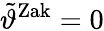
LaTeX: \tilde{\vartheta}^{\mathrm{Zak}}=0